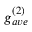
g _ { a v e } ^ { ( 2 ) }